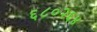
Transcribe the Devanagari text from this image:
६८०२६४